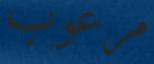
مرعوب